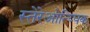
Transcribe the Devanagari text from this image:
स्तेरेओत्य्पिक